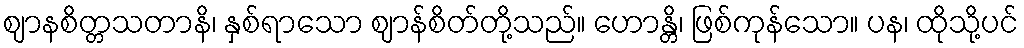
ဈာနစိတ္တသတာနိ၊ နှစ်ရာသော ဈာန်စိတ်တို့သည်။ ဟောန္တိ၊ ဖြစ်ကုန်သော။ ပန၊ ထိုသို့ပင်